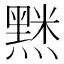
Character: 𮮘